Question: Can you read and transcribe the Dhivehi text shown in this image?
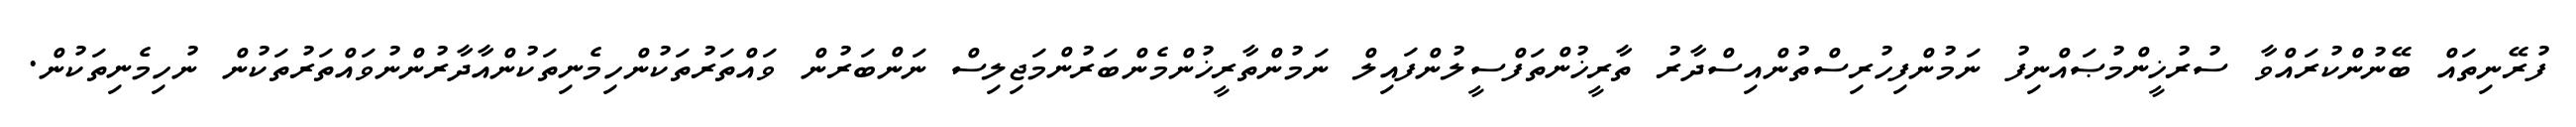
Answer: ފުރޭނިތައް ބޭނުންކުރައްވާ ސުރުޚީންމުޞައްނިފު ނަމުންފިހުރިސްތުންއިސްދާރު ތާރީޚުންތަފްސީލުންފައިލް ނަމުންތާރީޚުންމެންބަރުންމަޖިލިސް ނަންބަރުން ވައްތަރުތަކުންހިމެނިތަކުންއާދާރުންނުވައްތަރުތަކުން ނުހިމެނިތަކުން.